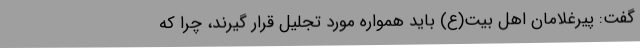
گفت: پیرغلامان اهل بیت(ع) باید همواره مورد تجلیل قرار گیرند، چرا که